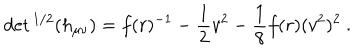
\det { } ^ { 1 / 2 } ( h _ { \mu \nu } ) = f ( r ) ^ { - 1 } - \frac { 1 } { 2 } v ^ { 2 } - \frac { 1 } { 8 } f ( r ) ( v ^ { 2 } ) ^ { 2 } \ .